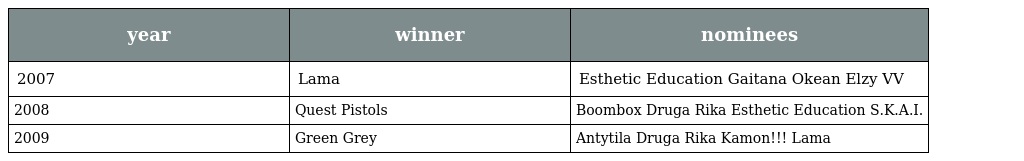
| year | winner | nominees |
 | --- | --- | --- |
 | 2007 | Lama | Esthetic Education Gaitana Okean Elzy VV |
 | 2008 | Quest Pistols | Boombox Druga Rika Esthetic Education S.K.A.I. |
 | 2009 | Green Grey | Antytila Druga Rika Kamon!!! Lama |